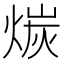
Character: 𪹇